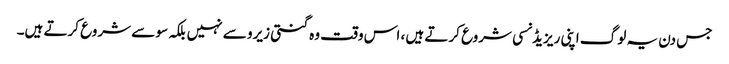
جس دن یہ لوگ اپنی ریزیڈنسی شروع کرتے ہیں ، اس وقت وہ گنتی زیرو سے نہیں بلکہ سو سے شروع کرتے ہیں۔